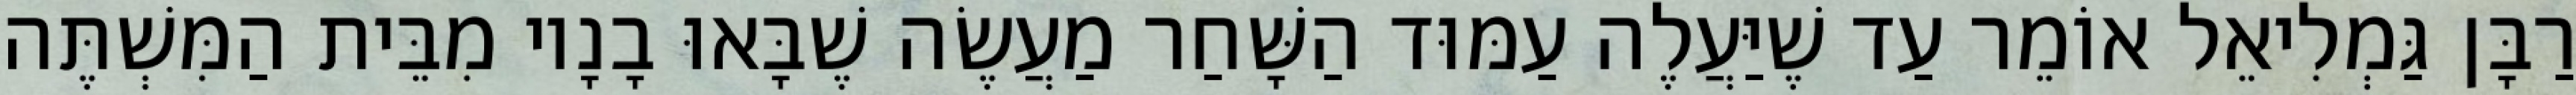
רַבָּן גַּמְלִיאֵל אוֹמֵר עַד שֶׁיַּעֲלֶה עַמּוּד הַשָּׁחַר מַעֲשֶׂה שֶׁבָּאוּ בָנָיו מִבֵּית הַמִּשְׁתֶּה